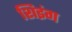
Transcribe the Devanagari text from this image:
शिइंग